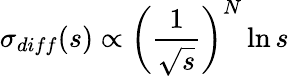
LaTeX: \sigma_{diff}(s)\propto\left(\frac{1}{\sqrt{s}}\right)^{N}\ln{s}